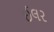
ઈલર